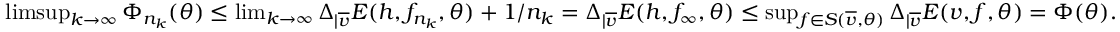
\begin{array} { r } { \operatorname* { l i m s u p } _ { k \rightarrow \infty } \Phi _ { n _ { k } } ( \theta ) \leq \operatorname* { l i m } _ { k \rightarrow \infty } \Delta _ { | \overline { v } } E ( h , f _ { n _ { k } } , \theta ) + 1 / n _ { k } = \Delta _ { | \overline { v } } E ( h , f _ { \infty } , \theta ) \leq \operatorname* { s u p } _ { f \in S ( \overline { v } , \theta ) } \Delta _ { | \overline { v } } E ( v , f , \theta ) = \Phi ( \theta ) . } \end{array}